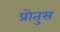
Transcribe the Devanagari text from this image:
प्रोतुस